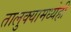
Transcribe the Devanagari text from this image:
तालुक्यामध्येही